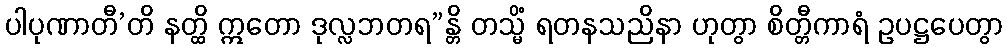
ပါပုဏာတီ’တိ နတ္ထိ ဣတော ဒုလ္လဘတရ”န္တိ တသ္မိံ ရတနသညိနာ ဟုတွာ စိတ္တီကာရံ ဥပဋ္ဌပေတွာ